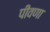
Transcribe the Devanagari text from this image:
पीवणा